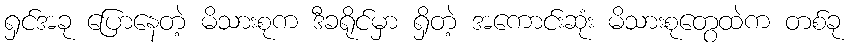
ရှင်အခု ပြောနေတဲ့ မိသားစုက ဒီခရိုင်မှာ ရှိတဲ့ အကောင်းဆုံး မိသားစုတွေထဲက တစ်ခု